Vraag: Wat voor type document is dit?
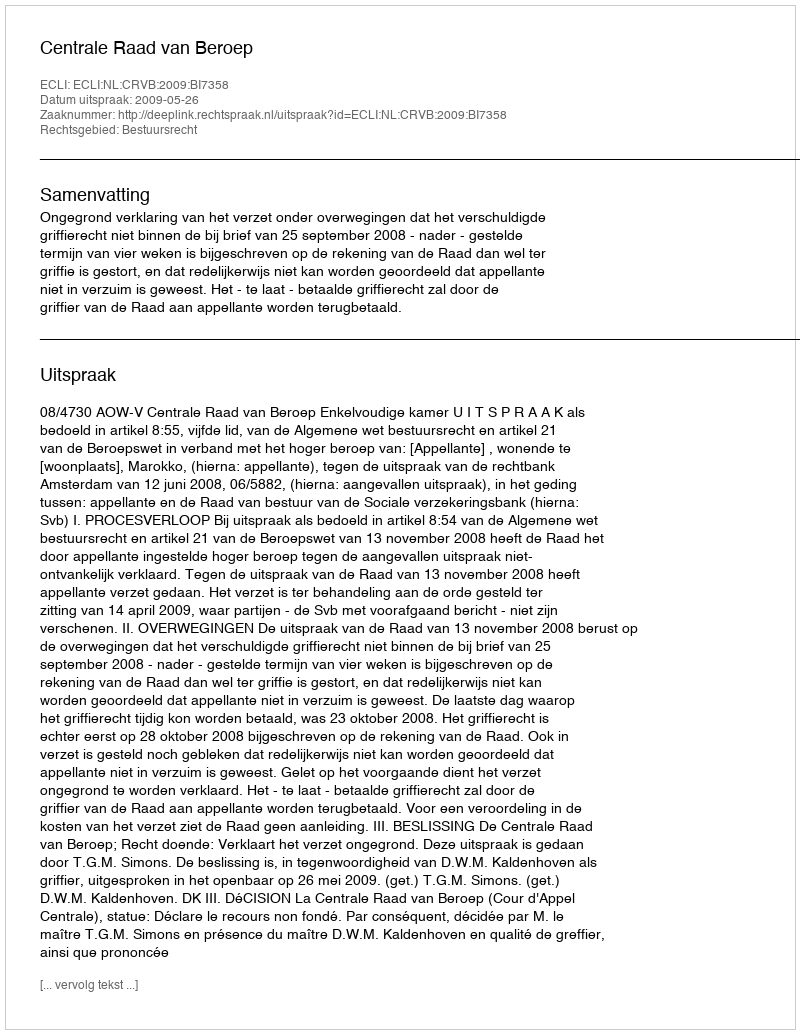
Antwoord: Uitspraak